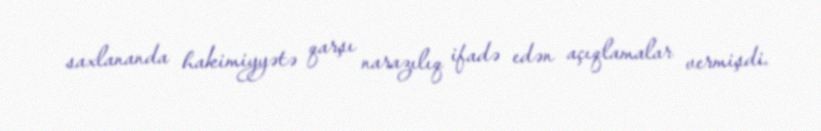
saxlananda hakimiyyətə qarşı narazılıq ifadə edən açıqlamalar vermişdi.